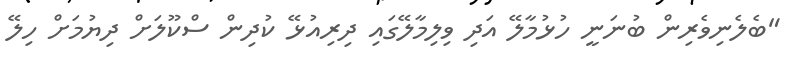
"ބެލެނިވެރިން ބުނަނީ ހުޅުމާލޭ އަދި ވިލިމާލޭގައި ދިރިއުޅޭ ކުދިން ސްކޫލަށް ދިޔުމަށް ހިލޭ